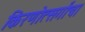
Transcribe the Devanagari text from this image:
किरणोत्सर्गांचा